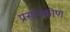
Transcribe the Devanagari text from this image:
प्रसारकोण